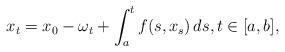
LaTeX: \begin{align*} x_t = x_0 - \omega_t + \int_a^t f(s,x_s)\,ds, t\in[a,b], \end{align*}